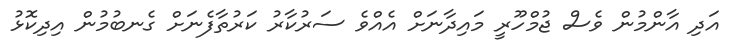
އަދި އާންމުން ވެސް ޖުމްހޫރީ މައިދާނަށް އެއްވެ ސަރުކާރު ކަރުތާފެނަށް ގެނބުމުން އިދިކޮޅު